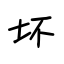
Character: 坏